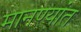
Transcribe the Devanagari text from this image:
मानण्यांत